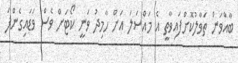
ބާއްވަން ތަވާލުކޮށްފައިވާތީ އެ މައްސަލަ އަށް ހާމިދު ވަނީ ކޯޓަށް ވެސް ވަޑައިގެންފަ